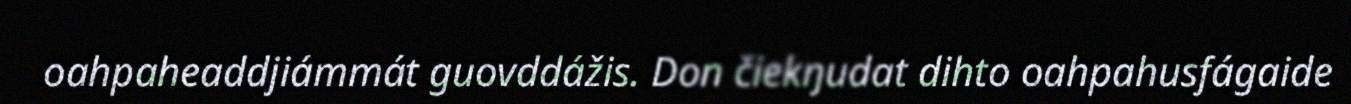
oahpaheaddjiámmát guovddážis. Don čiekŋudat dihto oahpahusfágaide